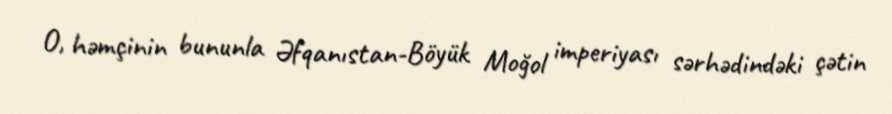
O, həmçinin bununla Əfqanıstan-Böyük Moğol imperiyası sərhədindəki çətin